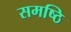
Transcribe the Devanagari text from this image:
समष्ठि